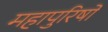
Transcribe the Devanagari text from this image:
महापुरिषों